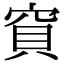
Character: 𥦎